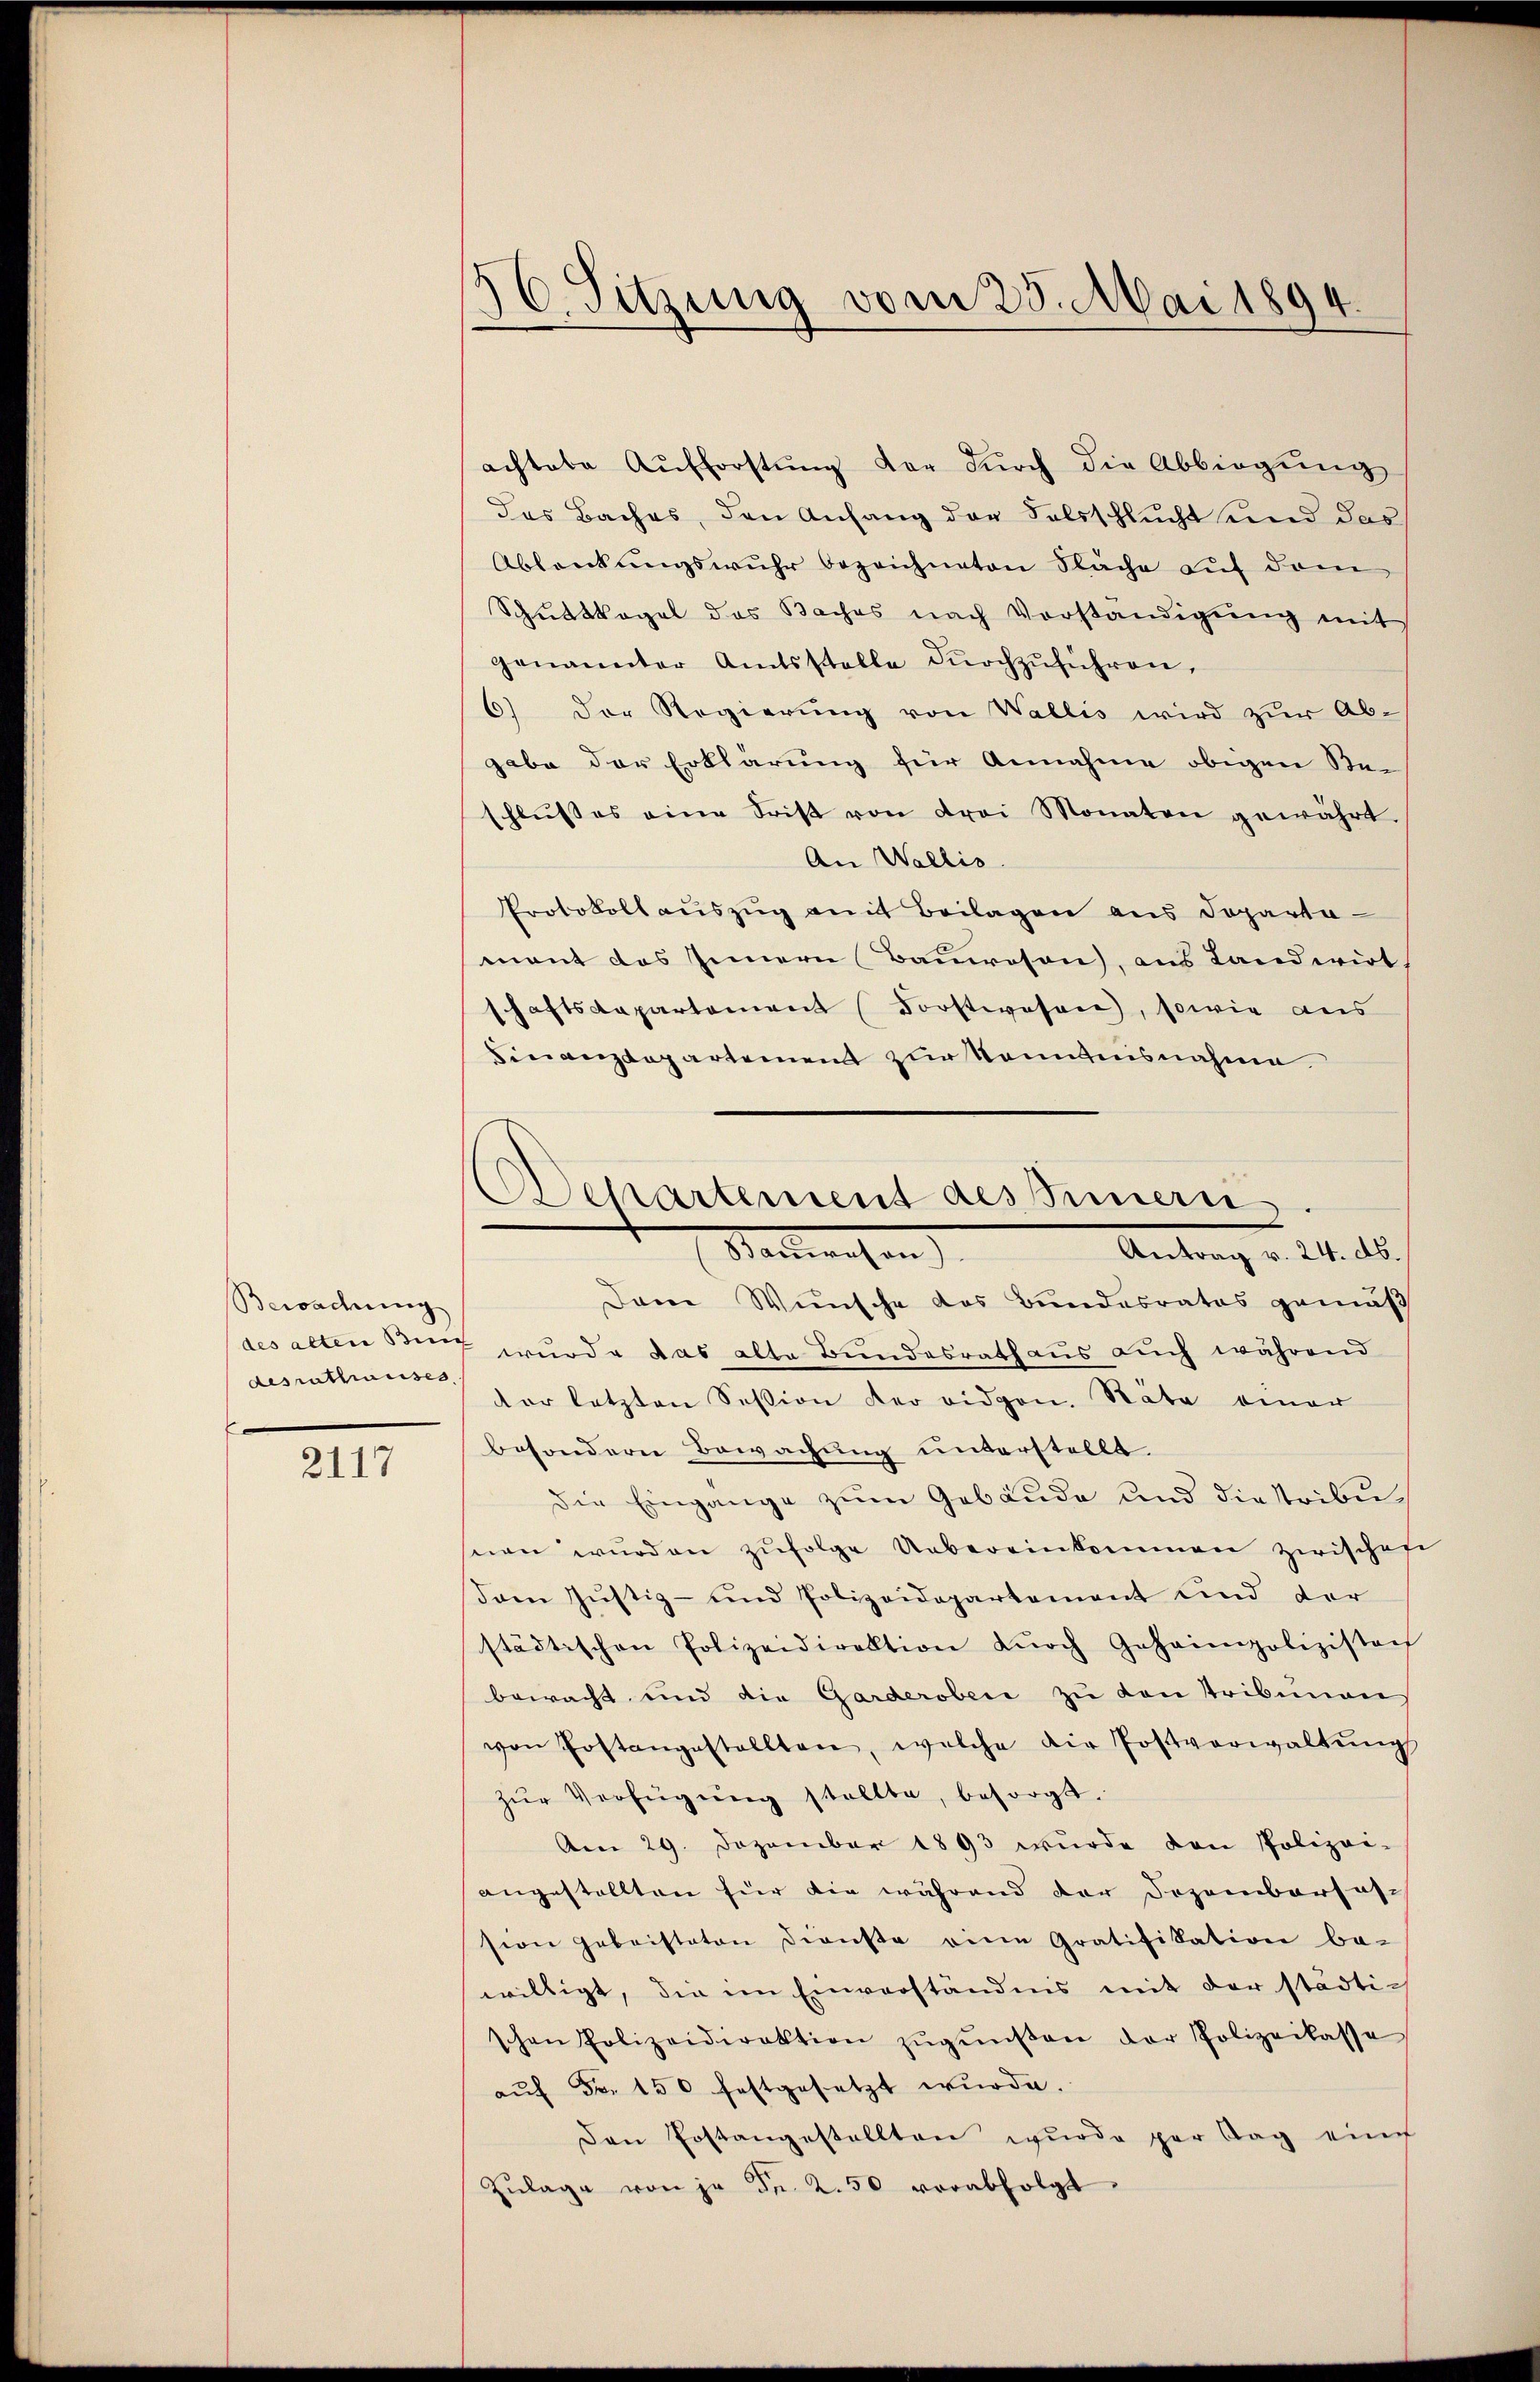
Beoadung
desrathauses

2117

56. Sitzung vom 25. Mai 1894.

Departement des Innern
Stadtrechen
Antrag v. 24. ds.

achtabe Aufforstung der durch die Abbiegung
das Baches, den Anfang der Falsschlucht und das
Ablenkungswuhr bezeichneten Fläche auf dem
Schuttkogel das Baches nach Vorständigŭng mit
genannter Amtsstelle dŭrchzŭführen.
6) Der Regierung von Wallis wird zur Ab-
gabe der Erklärung für Annahme obigen Beschlußes eine Frist von drei Monaten gewährt.
An Wallis.
Protokoll aŭszŭg mit Beilagen aus Departa-
mant des Innern Bauwesen, aus Landwirt.
schaftskapartement Forstwesen, sowie aus
Finanzdepartement zur Kenntnisnahme.
Dan Wunsche das Bundesrates gemäß
des alten Binz wurde das alte Bundesrath aus auch während
der letzten Session der eidgen. Nate einer
besondern Bewachung unterstellt.
die Eingange zum Gebäude und die tribu
nen wŭrden zŭfolge Uebereinkommen zwischere
dam Justiz- und Polizeidepartement und der
städtischen Polizeidirektion dŭrch Gehaimpolizisten
bewacht und die Garderoben zu den Tribunans
von Postangestellten, welche die Postverwaltŭng
zŭr Verfügŭng stellte, besorgt.
Am 29. Dezember 1893 wurde den Polizei-
angestellten für die während der Dozemberfassion gebristeten Dienste eine Gratifikation be-
willigt, die im Einverständnis mit der städti-
schen Polizeidirektion zŭgŭnsten der Polizeilasse
aŭf Fr. 150 festgesetzt wurde.
Den Postangestellten wurde par lag eine
Zŭlage von je Fr. 2.50 verabfolgt